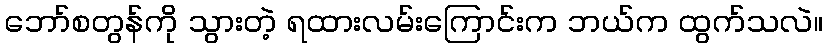
ဘော်စတွန်ကို သွားတဲ့ ရထားလမ်းကြောင်းက ဘယ်က ထွက်သလဲ။